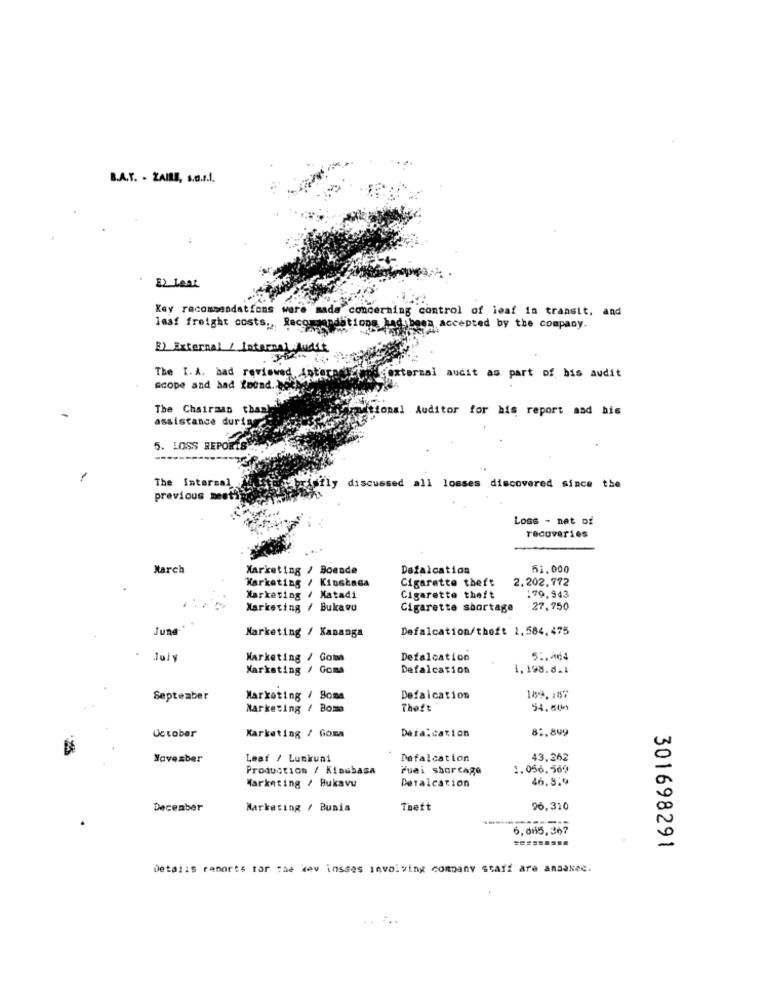
B.A.T. - ZAIRE, s.B.r.f.
32 leat
Key recommendations were made concerning control of leaf in transit, and
lasf freight costs ,, Recommandations had been accepted by the company.
E) External / Internal
Audit
The I. A. bad reviewed, inter
foxtermal audit as part of his audit
scope and had found. boche
The Chairman thaal
Mitional Auditor for his report and bis
assistance duria
5. LOSS REPORTS
-
The Intersal
previous meet3
discussed all losses discovered since the
Loss - net of
recoveries
March
Marketing / Boende
Dafalcation
51.000
Marketing / Kinshasa
Cigarette theft
2.202,772
Marketing / Matadi
Cigarette theft
:79,943
Marketing / Bukavu
Cigarette shortage
27,750
June
Defalcation/theft 1.584.475
Marketing / Kananga
Marketing / Goia
Defalcation
5 :.* ¢4
Marketing / Goma
Defalcation
1,198.8.1
September
Marketing / Somd
Defalcation
Marketing / Boma
Theft
54.600
Deia:cation
82.899
October
Marketing / Goma
Yavezber
Leaf / Lumkuni
Defalcation
43.262
Production / Kisubasa
Fuei sborcage
1.056.560
46.8.9
Marketing / Bukavu
Detalcation
December
Marketing / Bunia
Theft
96,310
6,065,367
301698291
Details reports for the dev insses involving company staff are ansaxec.